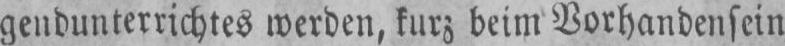
gendunterrichtes werden, kurz beim Vorhandensein